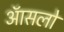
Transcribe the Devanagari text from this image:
ऑसलो